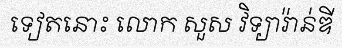
ទៀតនោះ លោក សួស វិទ្យារ៉ាន់ឌី